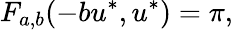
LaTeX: F_{a,b}(-bu^{*},u^{*})=\pi,